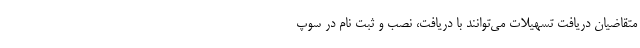
متقاضیان دریافت تسهیلات می‌توانند با دریافت، نصب و ثبت نام در سوپ